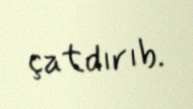
çatdırıb.